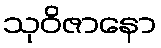
သုဝိဇာနော